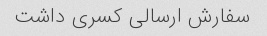
سفارش ارسالی کسری داشت